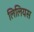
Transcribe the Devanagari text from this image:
लिलियस